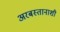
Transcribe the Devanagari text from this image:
अरबस्तानाशी